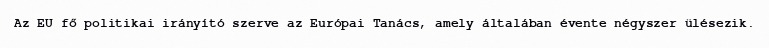
Az EU fő politikai irányító szerve az Európai Tanács, amely általában évente négyszer ülésezik.